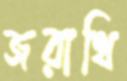
জরাথি